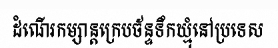
ដំណើរកម្សាន្តក្រេបច័ន្ទទឹកឃ្មុំនៅប្រទេស